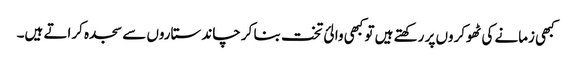
کبھی زمانے کی ٹھوکروں پر رکھتے ہیں تو کبھی والئ تخت بنا کر چاند ستاروں سے سجدہ کراتے ہیں۔